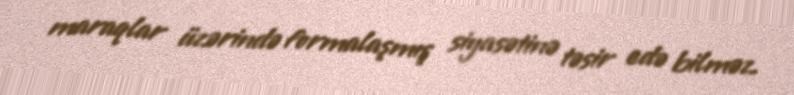
maraqlar üzərində formalaşmış siyasətinə təsir edə bilməz.